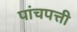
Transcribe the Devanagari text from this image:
पांचपत्ती